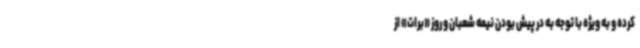
کرده و به ویژه با توجه به در پیش بودن نیمه شعبان و روز «برات» از